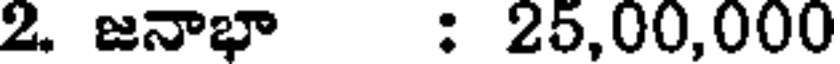
2. జనాభా : 25,00,000